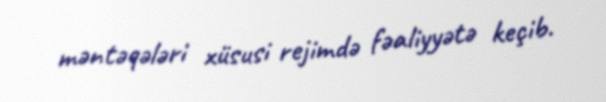
məntəqələri xüsusi rejimdə fəaliyyətə keçib.